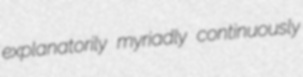
explanatorily myriadly continuously